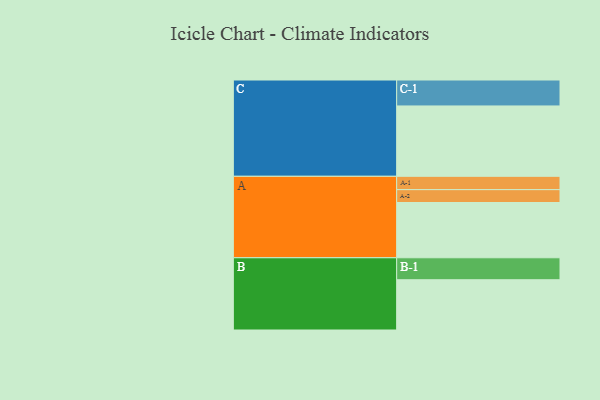
{"axis": {"x": "Segment", "y": "Value"}, "legend": ["", "A", "B", "C"], "data": [{"x": "A", "y": 443, "type": ""}, {"x": "B", "y": 403, "type": ""}, {"x": "C", "y": 564, "type": ""}, {"x": "A-1", "y": 107, "type": "A"}, {"x": "A-2", "y": 103, "type": "A"}, {"x": "B-1", "y": 176, "type": "B"}, {"x": "C-1", "y": 208, "type": "C"}]}